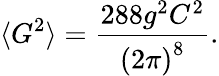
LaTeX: \langle G^{2}\rangle=\frac{288g^{2}C^{2}}{\left(2\pi\right)^{8}}.